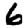
Digit: 6